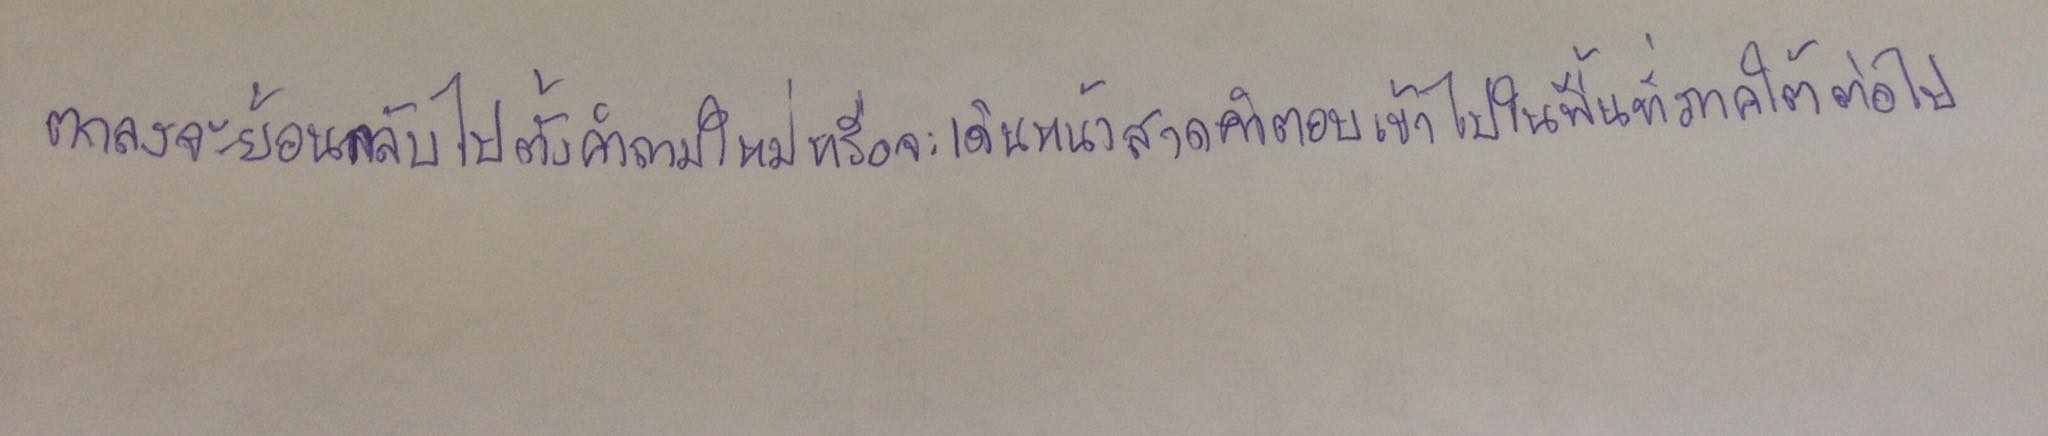
ตกลงจะย้อนกลับไปตั้งคำถามใหม่หรือจะเดินหน้าสาดคำตอบเข้าไปในพื้นที่ภาคใต้ต่อไป